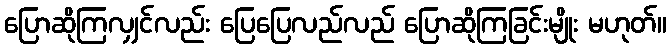
ပြောဆိုကြလျှင်လည်း ပြေပြေလည်လည် ပြောဆိုကြခြင်းမျိုး မဟုတ်။